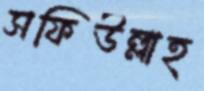
সফিউল্লাহ্